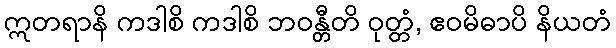
ဣတရာနိ ကဒါစိ ကဒါစိ ဘဝန္တီတိ ဝုတ္တံ, ဧဝမိဓာပိ နိယတံ